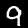
Digit: 9